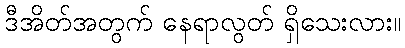
ဒီအိတ်အတွက် နေရာလွတ် ရှိသေးလား။